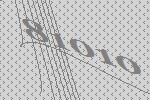
81010